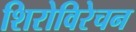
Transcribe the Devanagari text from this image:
शिरोविरेचन